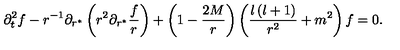
\partial _ { t } ^ { 2 } f - r ^ { - 1 } \partial _ { r ^ { * } } \left( r ^ { 2 } \partial _ { r ^ { * } } { \frac { f } { r } } \right) + \left( 1 - { \frac { 2 M } { r } } \right) \left( \frac { l \left( l + 1 \right) } { r ^ { 2 } } + m ^ { 2 } \right) f = 0 .